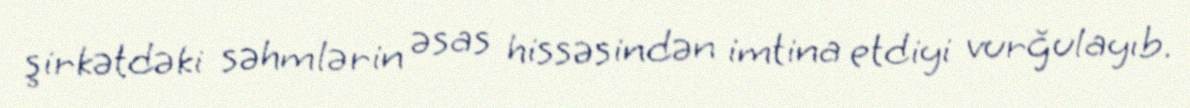
şirkətdəki səhmlərin əsas hissəsindən imtina etdiyi vurğulayıb.